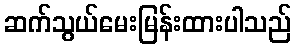
ဆက်သွယ်မေးမြန်းထားပါသည်